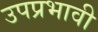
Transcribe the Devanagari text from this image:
उपप्रभावी